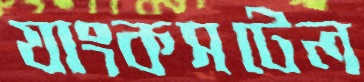
যাংকসটেল